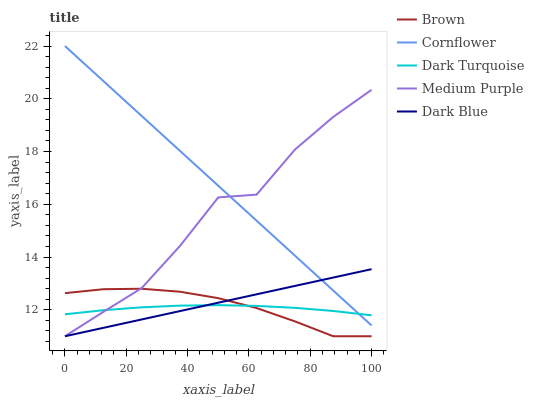
| xaxis_label | Brown | Cornflower | Dark Turquoise | Medium Purple | Dark Blue |
 | --- | --- | --- | --- | --- | --- |
 | 0 | 12.6 | 22 | 11.8 | 11 | 11 |
 | 12.5 | 12.8 | 20.7 | 12 | 11.9 | 11.3 |
 | 25 | 12.8 | 19.4 | 12.1 | 12.8 | 11.6 |
 | 37.5 | 12.7 | 18 | 12.2 | 14.4 | 12 |
 | 50 | 12.4 | 16.7 | 12.2 | 16.3 | 12.3 |
 | 62.5 | 12.1 | 15.4 | 12.2 | 16.4 | 12.6 |
 | 75 | 11.6 | 14.1 | 12.1 | 18.1 | 12.9 |
 | 87.5 | 11 | 12.7 | 12 | 19.3 | 13.2 |
 | 100 | 11 | 11.4 | 11.8 | 20.3 | 13.5 |